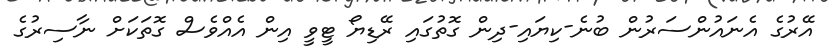
އޭރުގެ އެނައުންސަރުން ބުނެ-ކިޔައި-ދިން ގޮތުގައި ރޭޑިޔޯ ޓީވީ އިން އެއްވެސް ގޮތަކަށް ނާސިރުގެ